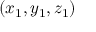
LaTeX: \left( x _ { 1 } , y _ { 1 } , z _ { 1 } \right)